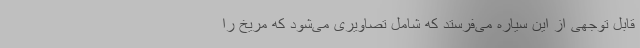
قابل توجهی از این سیاره می‌فرستد که شامل تصاویری می‌شود که مریخ را